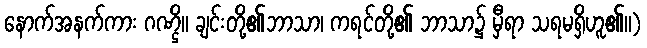
နောက်အနက်ကား ဂဏ္ဌိ။ ချင်းတို့၏ဘာသာ၊ ကရင်တို့၏ ဘာသာ၌ မှီရာ သရမရှိဟူ၏။)